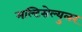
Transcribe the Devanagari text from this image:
मल्टिसेल्युलर